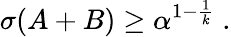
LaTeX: \sigma(A+B)\geq\alpha^{1-{\frac{1}{k}}}\ .